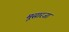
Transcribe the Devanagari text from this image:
मूसारजा